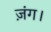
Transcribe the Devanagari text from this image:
ज़ंग।